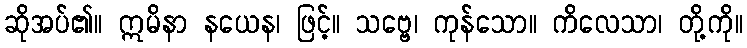
ဆိုအပ်၏။ ဣမိနာ နယေန၊ ဖြင့်။ သဗ္ဗေ၊ ကုန်သော။ ကိလေသာ၊ တို့ကို။